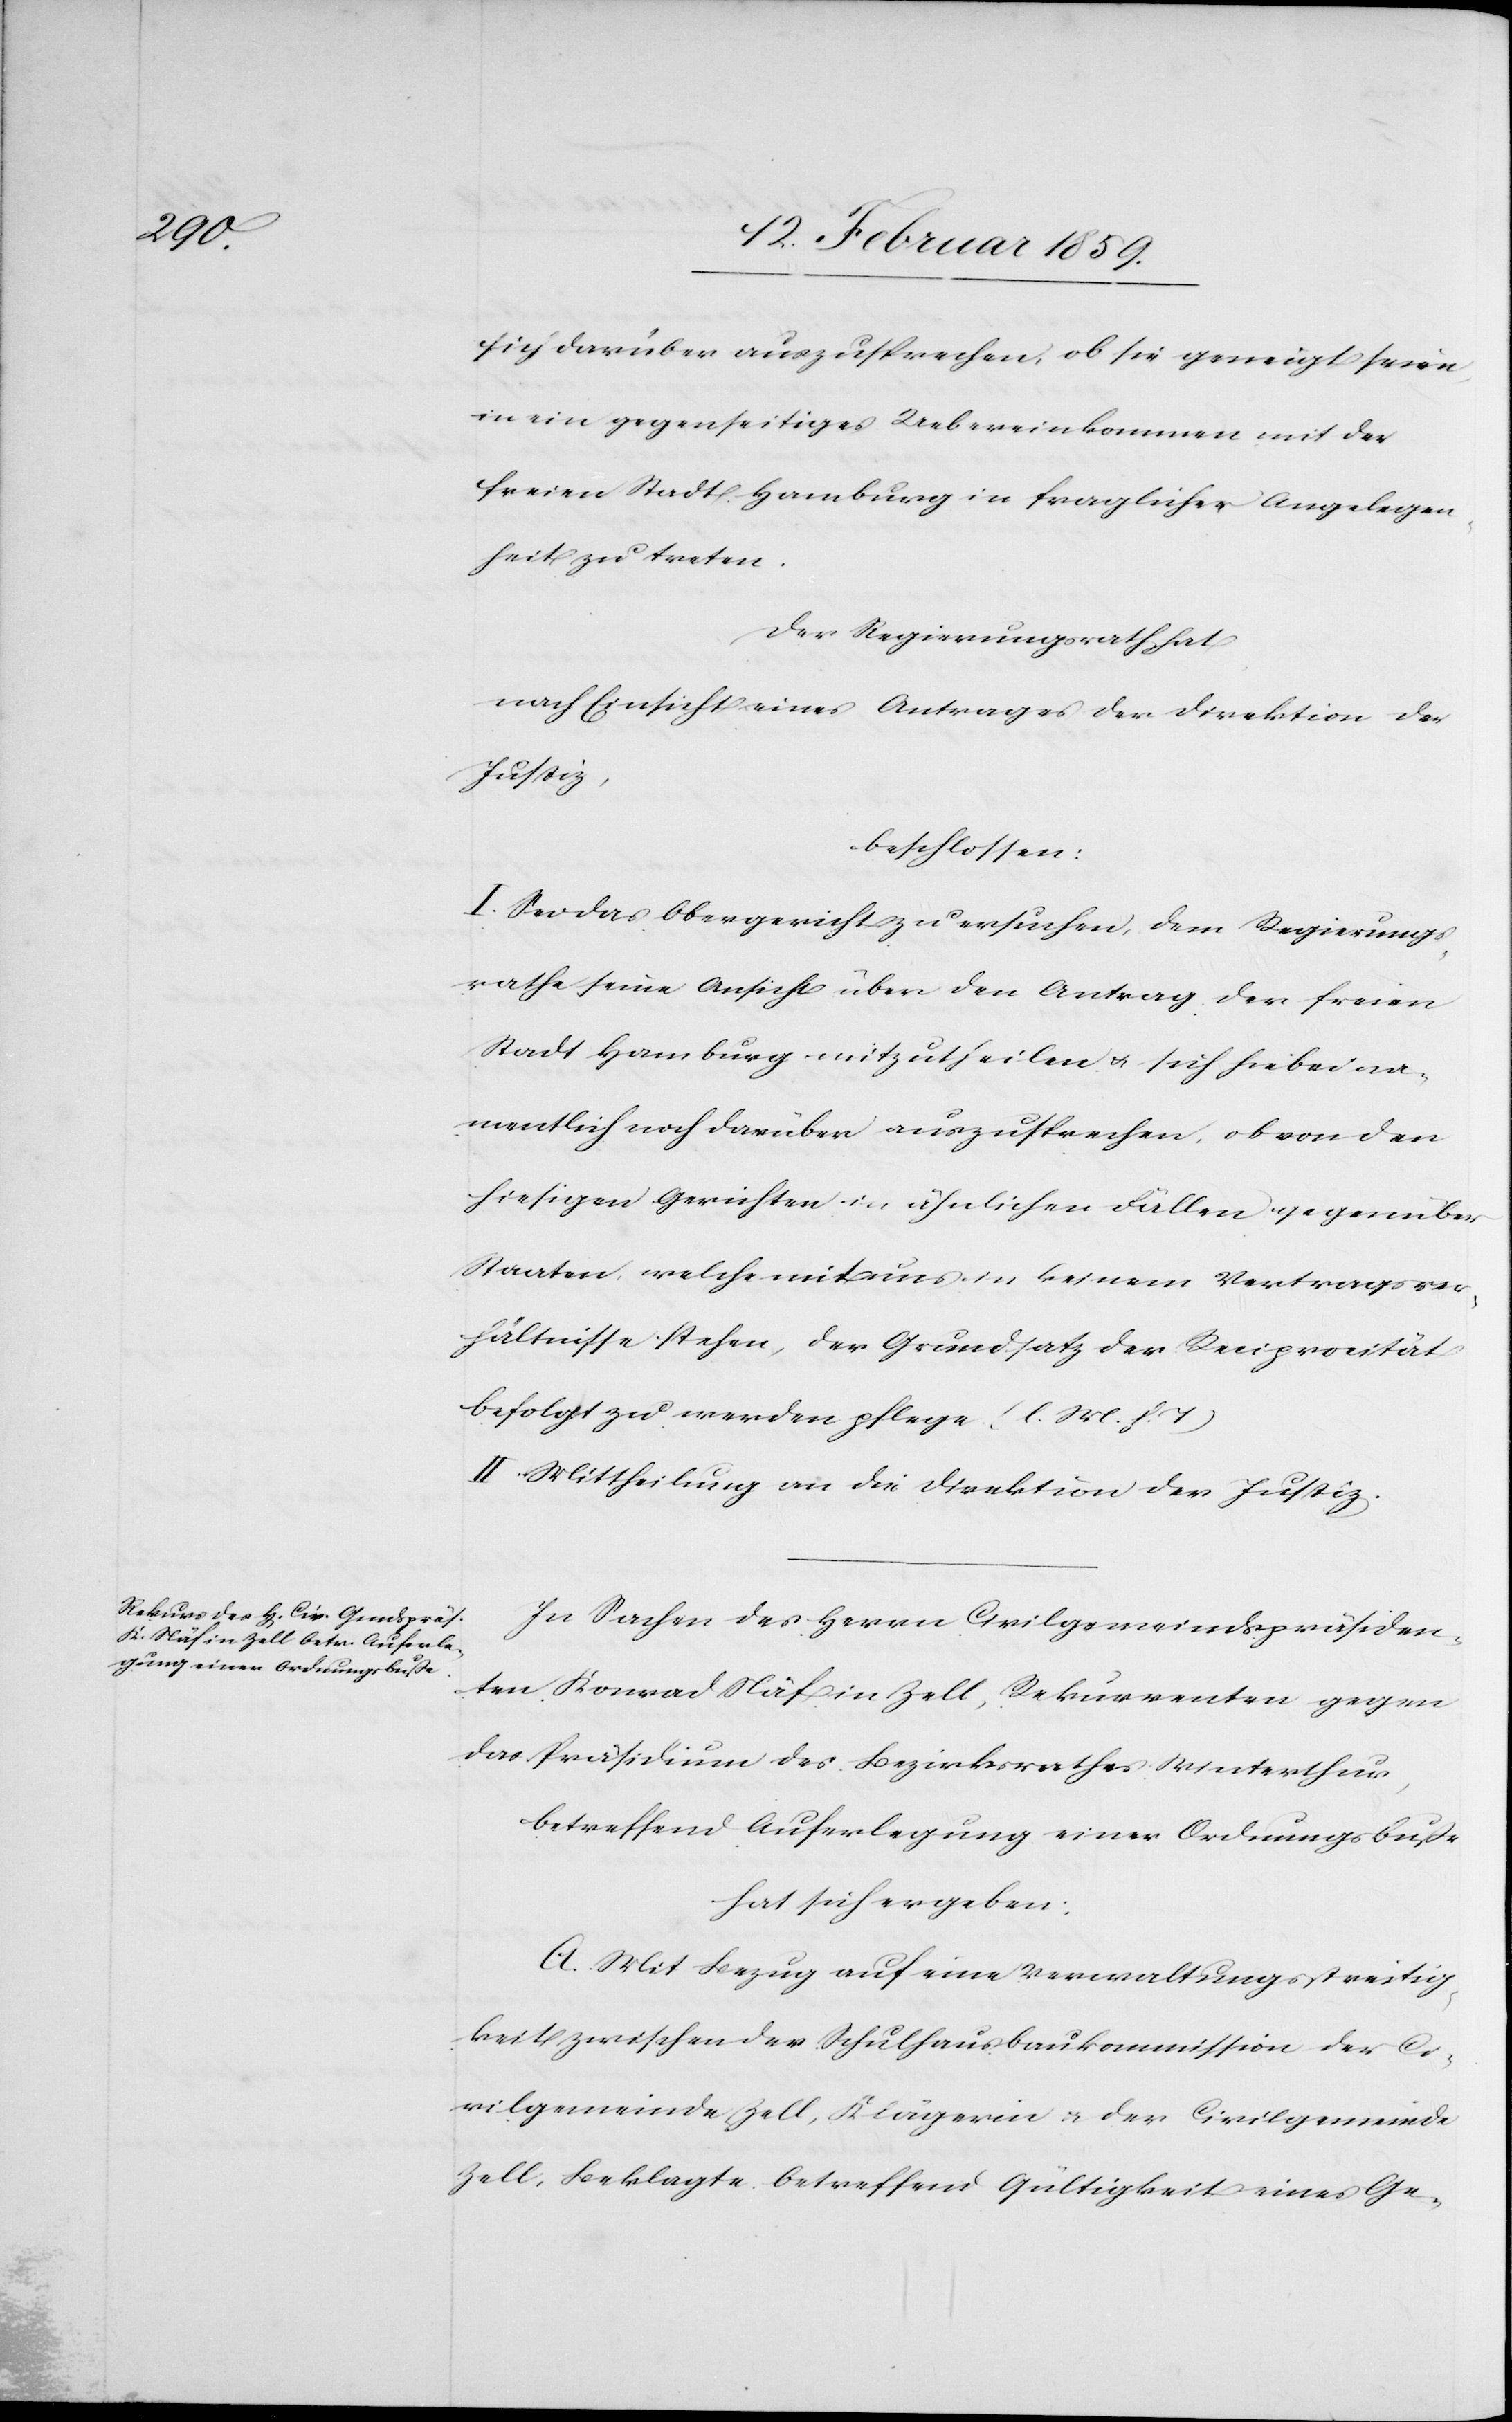
sich darüber auszusprechen, ob sie geneigt seien,
in ein gegenseitiges Uebereinkommen mit der
freien Stadt Hamburg in fraglicher Angelegen¬
heit zu treten.
Der Regierungsrath hat,
nach Einsicht eines Antrages der Direktion der
Justiz,
beschlossen:
I Sei das Obergericht zu ersuchen, dem Regierungs¬
rathe seine Ansicht über den Antrag der freien
Stadt Hamburg mitzutheilen u. sich hiebei na¬
mentlich noch darüber auszusprechen, ob von den
hiesigen Gerichten in ähnlichen Fällen gegenüber
Staaten, welche mit uns in keinem Vertragsver¬
hältnisse stehen, der Grundsatz der Reciprocität
befolgt zu werden pflege. (l. M. h. T)
II. Mittheilung an die Direktion der Justiz.
In Sachen des Herrn Civilgemeindspräsiden¬
ten Konrad Näf in Zell, Rekurrenten gegen
das Präsidium des Bezirksrathes Winterthur,
betreffend Auferlegung einer Ordnungsbuße
hat sich ergeben:
A. Mit Bezug auf eine Verwaltungsstreitig¬
keit zwischen der Schulhausbaukommission der Ci¬
vilgemeinde Zell, Klägerin u. der Civilgemeinde
Zell, Beklagte betreffend Gültigkeit eines Ge-